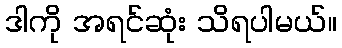
ဒါကို အရင်ဆုံး သိရပါမယ်။